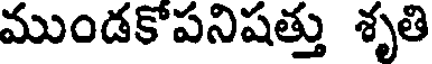
ముండకోపనిషత్తు శృతి